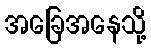
အခြေအနေသို့